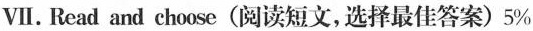
VI. Read and choose (阅读短文,选择最佳答案) 5%